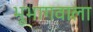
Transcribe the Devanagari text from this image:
भूभागवाला